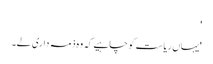
'
'یہاں ریاست کو چاہیے کہ وہ ذمہ داری لے۔